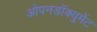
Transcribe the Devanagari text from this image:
ओपनडॉक्युमेंट